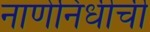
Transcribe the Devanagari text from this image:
नाणेनिधीची